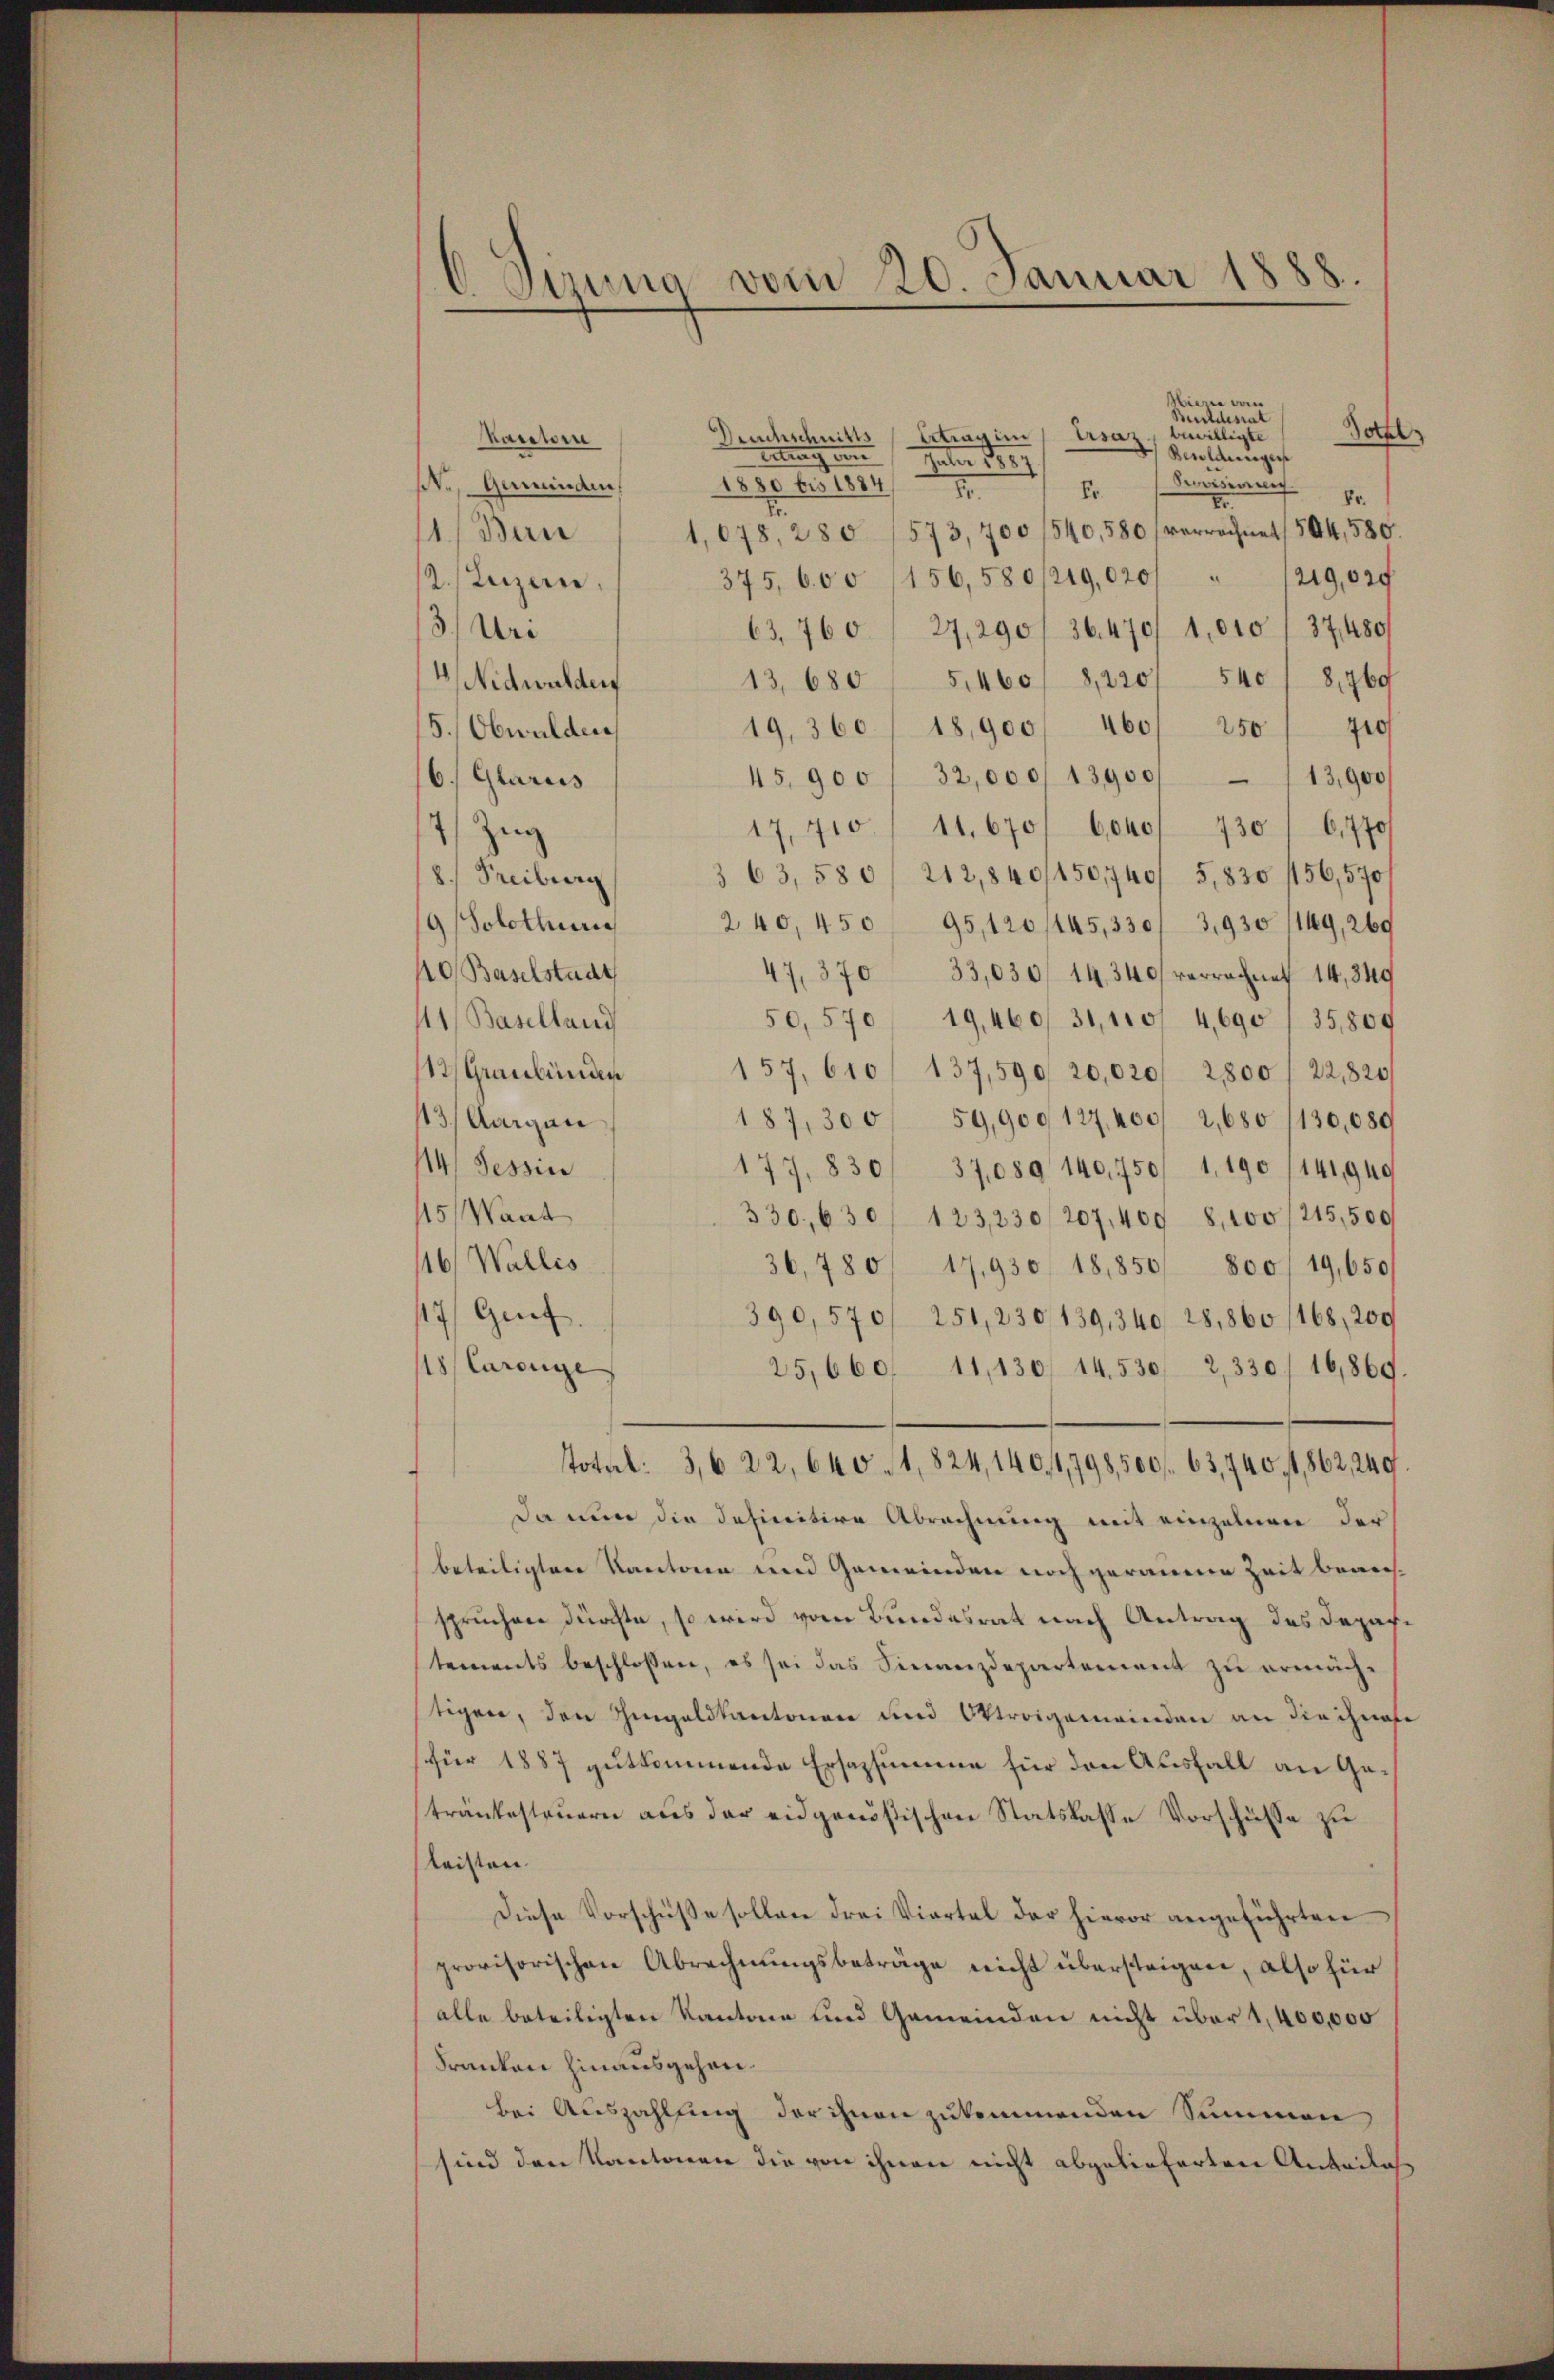
6 Sirung vom 20. Januar 1888.

Miern vom
Beldesrat
Gottl
bewilligte
etrag in
Deuchschnitts
Uraz.
Vactore
Ertrag von
Besoldungen
Jaber 1884
1830 bis in
ste Gemeinden,
Secisirung pr.
Er
I.
E
.
1,078, 280. 1573, 700 (540,580, verrechnet (504, 580.
11) Bun
2
/219,020
375, 600 (156,580/219,020/
2. (Luzern
13/ Un
63,760/ 27,290/ 36. 470/ 1,000 f 37,480/
540/ 8,769
4, Nidwalden
13. 680 " 51460, 8,220
19,360/ 18,900/ 460/ 250 / 410
5., Obwalden
32,000, 13900/ 113,900/
/6. Glarus
45,900
Zug
17,710/ 11,670/ 6040/ 730 / 6,770
8. Freiburg
363,580/ 212,840/150,740/ 5,830 156,570
9 Solothung
240, 450 95,120/145,330/ 3,930 (149, 269
40, Baselstadt
47,370 33,030/ 14. 340 verrachnat 14,849
50,570 19,460/ 31,100/ 4,690 / 35,809
11, Baselland
112, Graubünden
157, 610/ 137,590/ 20,020/ 2800 f 22,820/
187,300/ 59,900127, 400/ 2,680 (130,089
13/ Aargau
114. Tessin
177, 830/ 37,089 140,750/ 1,190 (141949
15, Waat
330. 630/ 123,230/207, 409 8,100/215,500
116, Wallis
36,780/ 17,930/ 18,850/ 800/19,650
17 Grif
390,570/ 251, 230, 139, 340, 28,860 (168, 200
118/ Curange
25,660/ 11,130/ 14530/ 2,330/ 16,869.
Total: 3,6 22, 640. 1,824,140/1,798,500 f. 63,740. fl. 862, 249
Da nun die dahinitive Abrechnung mit einzelnen der
beteiligten Kantone nen Gemeinden noch geraume Zeit beaufspruchen durchte, so wird vom Bundesrat nach Antrag des Departements beschlossen, es sei das Finanzdepartement zu ermächtigen, den Hingeldkantonen und Oktroigemeinden an die ihnete
für 1887 gutkommende Ersazsumme für den Ausfall an Geträntesteuern aus der eidgenößischen Statskasse Vorschüsse zu
leisten.
Diese Vorschüße sollen drei Viertel der hievor angeführten
provisorischen Abrechnungsbeträge nicht übersteigen, also für
alle beteiligten Kantone und Gemeinden nicht über 1,400,000
Franken hinausgehen.
bei Auszahlung der ihnen zukommenden Summen
sind den Kantonen die von ihnen nicht abgelieferten Anteilas¬